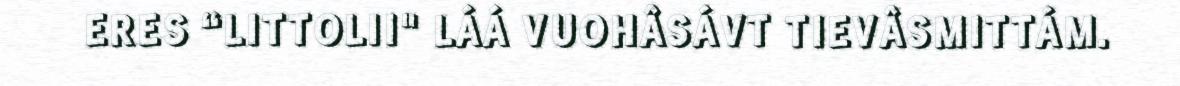
ERES “LITTOLII" LÁÁ VUOHÂSÁVT TIEVÂSMITTÁM.